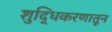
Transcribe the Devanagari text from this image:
शुद्धिकरणातून